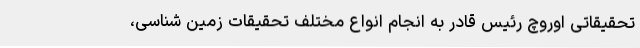
تحقیقاتی اوروچ رئیس قادر به انجام انواع مختلف تحقیقات زمین شناسی،